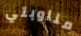
مناوبتي